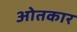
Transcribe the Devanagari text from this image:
ओतकार